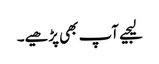
لیجیے آپ بھی پڑھیے۔